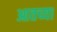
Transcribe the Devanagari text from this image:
आतच्या